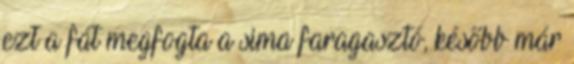
ezt a fát megfogta a sima faragasztó, később már